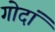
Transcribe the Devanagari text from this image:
गोदां